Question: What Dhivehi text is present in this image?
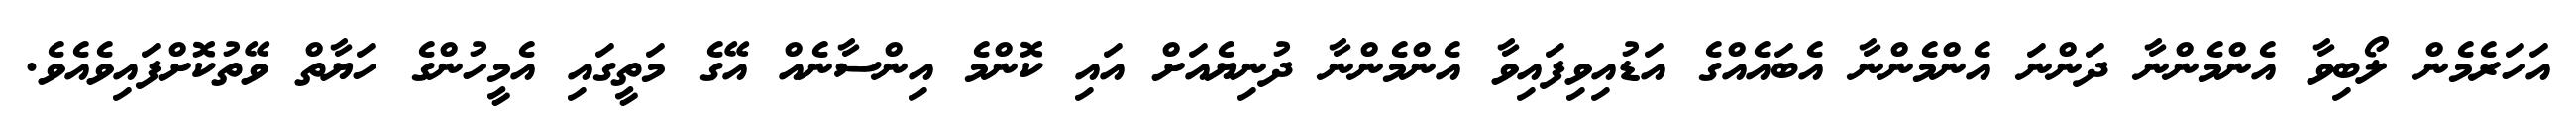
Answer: އަހަރެމެން ލޯބިވާ އެންމެންނާ ދަންނަ އެންމެންނާ އެބައެއްގެ އަޑުއިވިފައިވާ އެންމެންނާ ދުނިޔެއަށް އައި ކޮންމެ އިންސާނެއް އޭގެ މަތީގައި އެމީހުންގެ ހަޔާތް ވޭތުކޮށްފައިވެއެވެ.